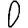
Digit: 0